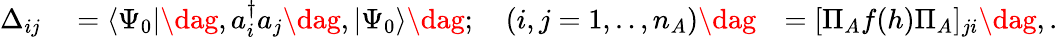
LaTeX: \begin{array}{rlr}{\Delta_{ij}}&{{}=\langle\Psi_{0}|\dag,a_{i}^{\dagger}a_{j}\dag,|\Psi_{0}\rangle\dag;\quad(i,j=1,..,n_{A})\dag}&{=[\Pi_{A}f(h)\Pi_{A}]_{ji}\dag,.}\end{array}